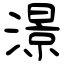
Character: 澋